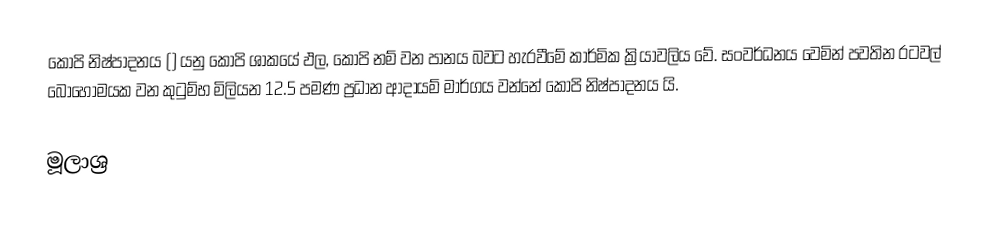
කෝපි නිෂ්පාදනය () යනු කෝපි ශාකයේ ඵල, කොපි නම් වන පානය බවට හැරවීමේ කාර්මික ක්‍රියාවලිය වේ. සංවර්ධනය වෙමින් පවතින රටවල් බොහොමයක වන කුටුම්භ මිලියන 12.5 පමණ ප්‍රධාන ආදායම් මාර්ගය වන්නේ කෝපි නිෂ්පාදනය යි.

මූලාශ්‍ර